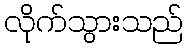
လိုက်သွားသည်